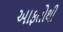
આફતોથી